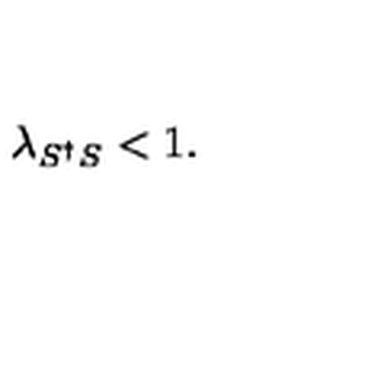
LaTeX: \lambda _ { S ^ { \dagger } S } < 1 .